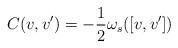
LaTeX: \begin{align*} C(v,v')=-\frac{1}{2}\omega_{s}([v,v'])\end{align*}